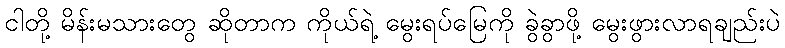
ငါတို့ မိန်းမသားတွေ ဆိုတာက ကိုယ်ရဲ့ မွေးရပ်မြေကို ခွဲခွာဖို့ မွေးဖွားလာရချည်းပဲ